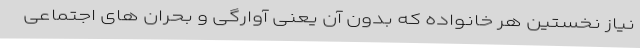
نیاز نخستین هر خانواده که بدون آن یعنی آوارگی و بحران های اجتماعی